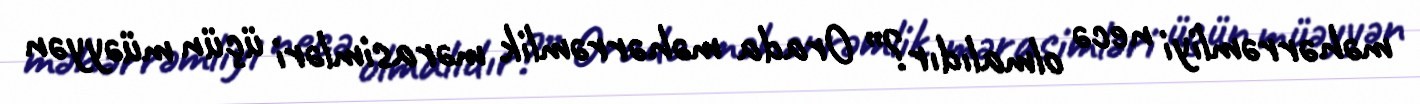
məhərrəmliyi necə olmalıdır?” Orada məhərrəmlik mərasimləri üçün müəyyən